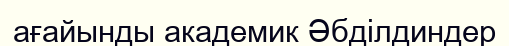
ағайынды академик Әбділдиндер